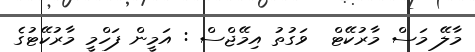
މާލޭ މަސް މާރުކޭޓް  ވަގުތު އިމޭޖްސް : އަމީން ފަހްމީ މާރުކޭޓުގެ